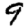
Digit: 9